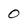
Character: 0